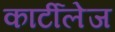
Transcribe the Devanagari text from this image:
कार्टीलेज